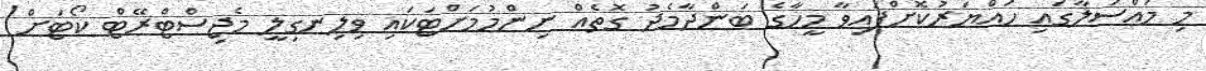
މި މައްސަލާގައި ހައްޔަރުކޮށްފައިވާ މީހާގެ ބަންދާމެދު ގޮތެއް ނިންމުމަށްޓަކައި ވިލިނގިލީ މެޖިސްޓްރޭޓް ކޯޓަށް